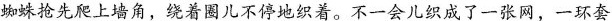
蜘蛛抢先爬上墙角，绕着圈儿不停地织着。不一会儿织成了一张网，一环套